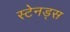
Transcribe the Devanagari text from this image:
स्टेनड्स